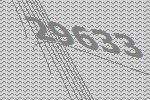
29633